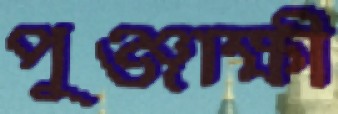
পুঞ্জাক্ষী